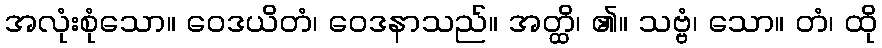
အလုံးစုံသော။ ဝေဒယိတံ၊ ဝေဒနာသည်။ အတ္ထိ၊ ၏။ သဗ္ဗံ၊ သော။ တံ၊ ထို